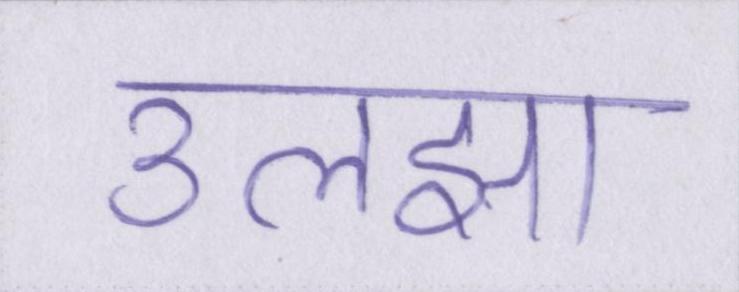
उलझा